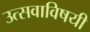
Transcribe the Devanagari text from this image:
उत्सवाविषयी